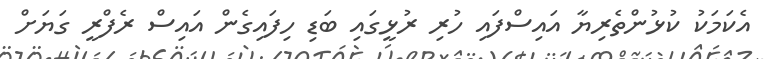
އެކަމަކު ކުޅުންތެރިޔާ އައިސްފައި ހުރި ރުޅީގައި ބަޑި ހިފައިގެން އައިސް ރެފްރީ ގަޔަށް